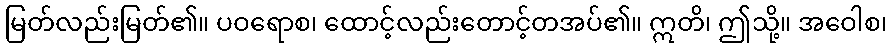
မြတ်လည်းမြတ်၏။ ပဝရောစ၊ ထောင့်လည်းတောင့်တအပ်၏။ ဣတိ၊ ဤသို့။ အဝေါစ၊